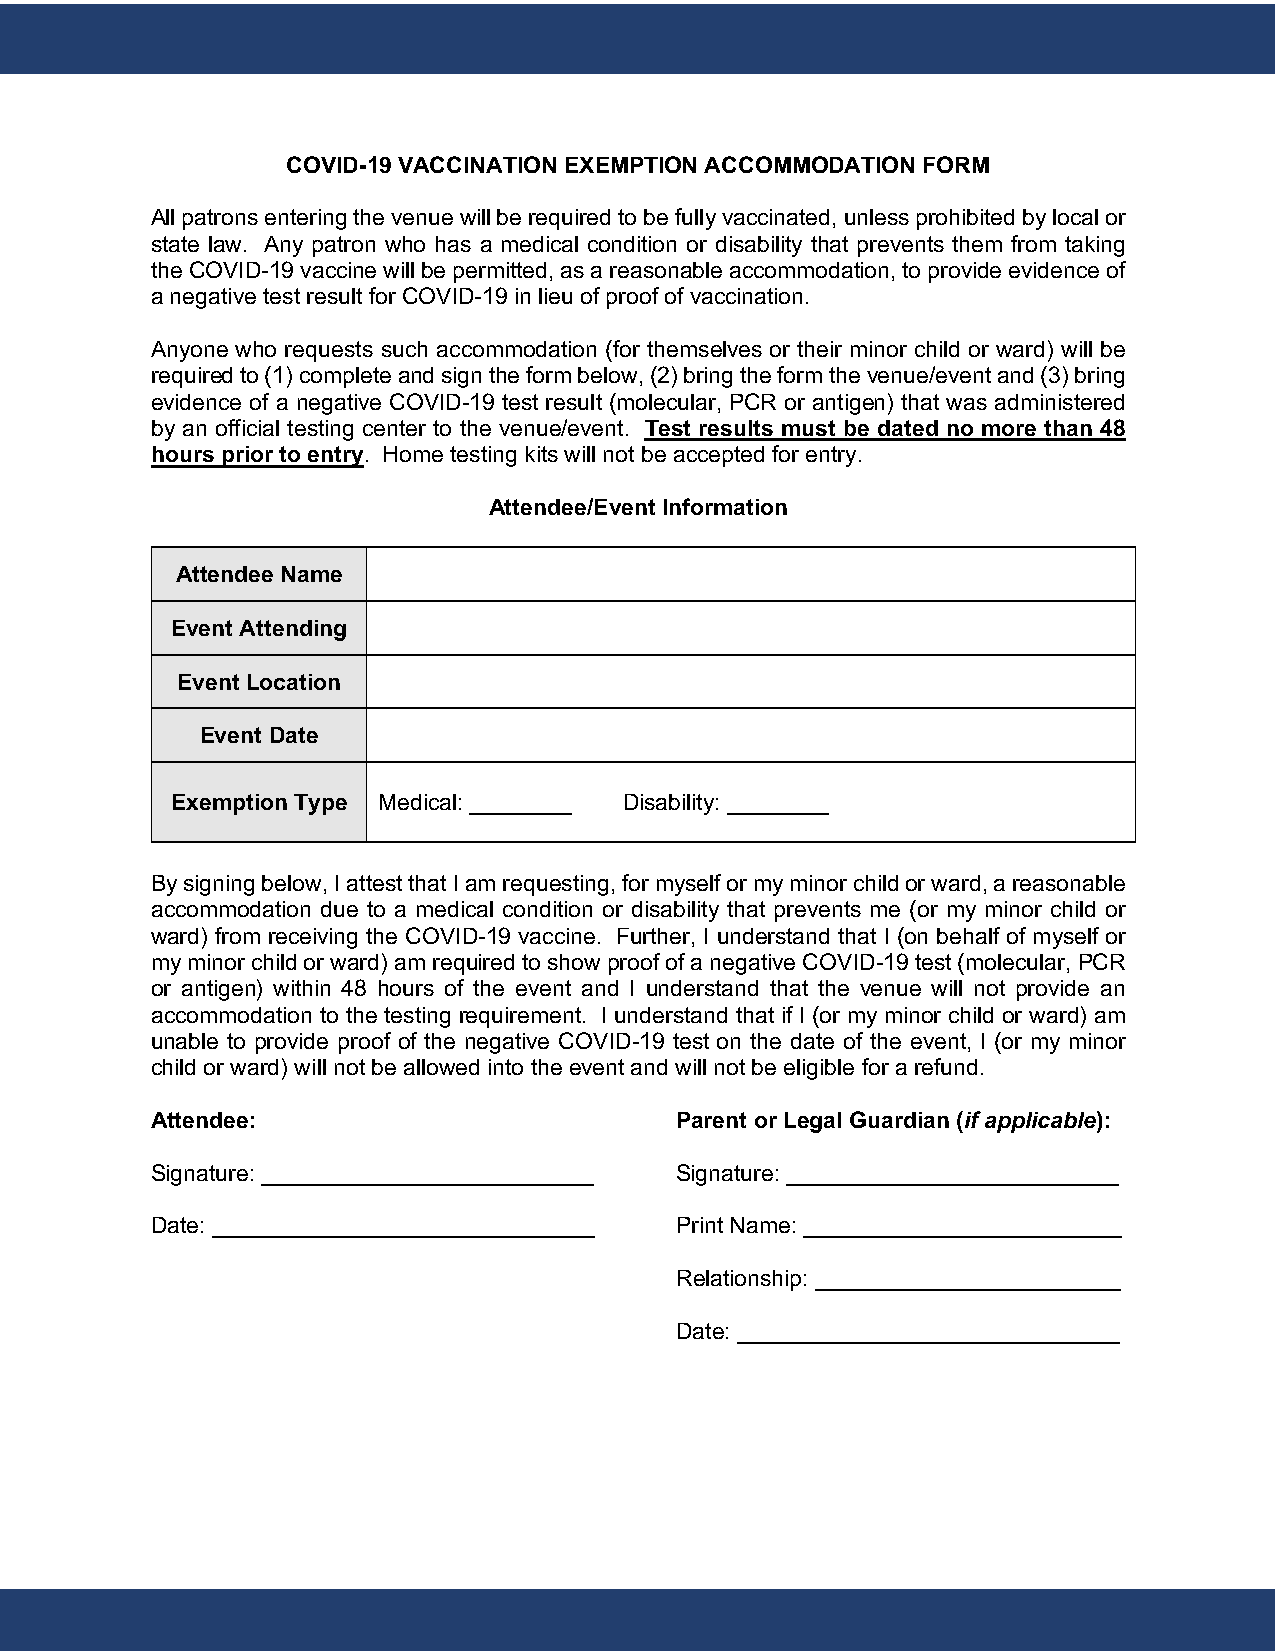
COVID-19 VACCINATION EXEMPTION ACCOMMODATION FORM
 All patrons entering the venue will be required to be fully vaccinated, unless prohibited by local or
 state law. Any patron who has a medical condition or disability that prevents them from taking
 the COVID-19 vaccine will be permitted, as a reasonable accommodation, to provide evidence of
 a negative test result for COVID-19 in lieu of proof of vaccination.
 Anyone who requests such accommodation (for themselves or their minor child or ward) will be
 required to (1) complete and sign the form below, (2) bring the form the venue/event and (3) bring
 evidence of a negative COVID-19 test result (molecular, PCR or antigen) that was administered
 by an official testing center to the venue/event. Test results must be dated no more than 48
 hours prior to entry. Home testing kits will not be accepted for entry.
 Attendee/Event Information
 Attendee Name
 Event Attending
 Event Location
 Event Date
 Exemption Type Medical: ________ Disability: ________
 By signing below, I attest that I am requesting, for myself or my minor child or ward, a reasonable
 accommodation due to a medical condition or disability that prevents me (or my minor child or
 ward) from receiving the COVID-19 vaccine. Further, I understand that I (on behalf of myself or
 my minor child or ward) am required to show proof of a negative COVID-19 test (molecular, PCR
 or antigen) within 48 hours of the event and I understand that the venue will not provide an
 accommodation to the testing requirement. I understand that if I (or my minor child or ward) am
 unable to provide proof of the negative COVID-19 test on the date of the event, I (or my minor
 child or ward) will not be allowed into the event and will not be eligible for a refund.
 Attendee:                          Parent or Legal Guardian (if applicable):
 Signature: __________________________ Signature: __________________________
 Date: ______________________________ Print Name: _________________________
 Relationship: ________________________
 Date: ______________________________